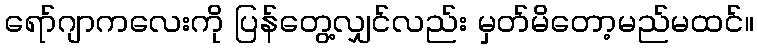
ရော်ဂျာကလေးကို ပြန်တွေ့လျှင်လည်း မှတ်မိတော့မည်မထင်။